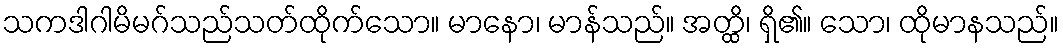
သကဒါဂါမိမဂ်သည်သတ်ထိုက်သော။ မာနော၊ မာန်သည်။ အတ္ထိ၊ ရှိ၏။ သော၊ ထိုမာနသည်။